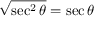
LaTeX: { \sqrt { \sec ^ { 2 } \theta } } = \sec \theta